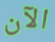
الآن